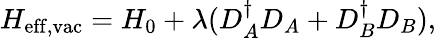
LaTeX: H_{\mathrm{eff,vac}}=H_{0}+\lambda(D_{A}^{\dagger}D_{A}+D_{B}^{\dagger}D_{B}),